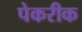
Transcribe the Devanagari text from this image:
पेकरीक